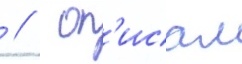
 //  оп'исал